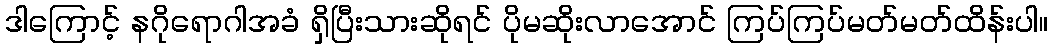
ဒါကြောင့် နဂိုရောဂါအခံ ရှိပြီးသားဆိုရင် ပိုမဆိုးလာအောင် ကြပ်ကြပ်မတ်မတ်ထိန်းပါ။